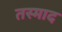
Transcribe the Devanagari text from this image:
तस्माद